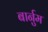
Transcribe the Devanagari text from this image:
बार्नुम